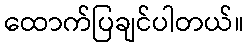
ထောက်ပြချင်ပါတယ်။